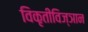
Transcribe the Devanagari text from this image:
विकृतीविज्ञान